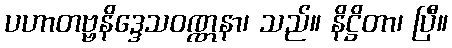
ပဟာတဗ္ဗနိဒ္ဒေသဝဏ္ဏနာ၊ သည်။ နိဋ္ဌိတာ၊ ပြီ။